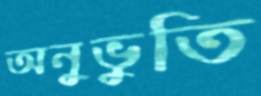
অনুভুতি